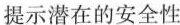
提示潜在的安全性